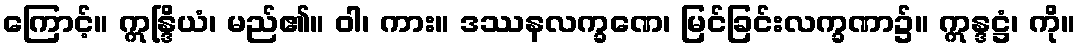
ကြောင့်။ ဣန္ဒြိယံ၊ မည်၏။ ဝါ၊ ကား။ ဒဿနလက္ခဏေ၊ မြင်ခြင်းလက္ခဏာ၌။ ဣန္ဒဋ္ဌံ၊ ကို။